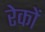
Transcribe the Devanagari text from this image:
रेकों